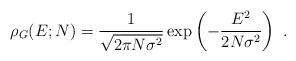
LaTeX: \begin{align*}\rho_{G}(E;N)=\frac{1}{\sqrt{2\pi N\sigma^2}}\exp \left (-\frac{E^2}{2N\sigma^2}\right )\ .\end{align*}